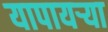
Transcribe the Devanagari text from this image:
यापायऱ्या